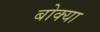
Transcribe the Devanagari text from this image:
बोक्‍या